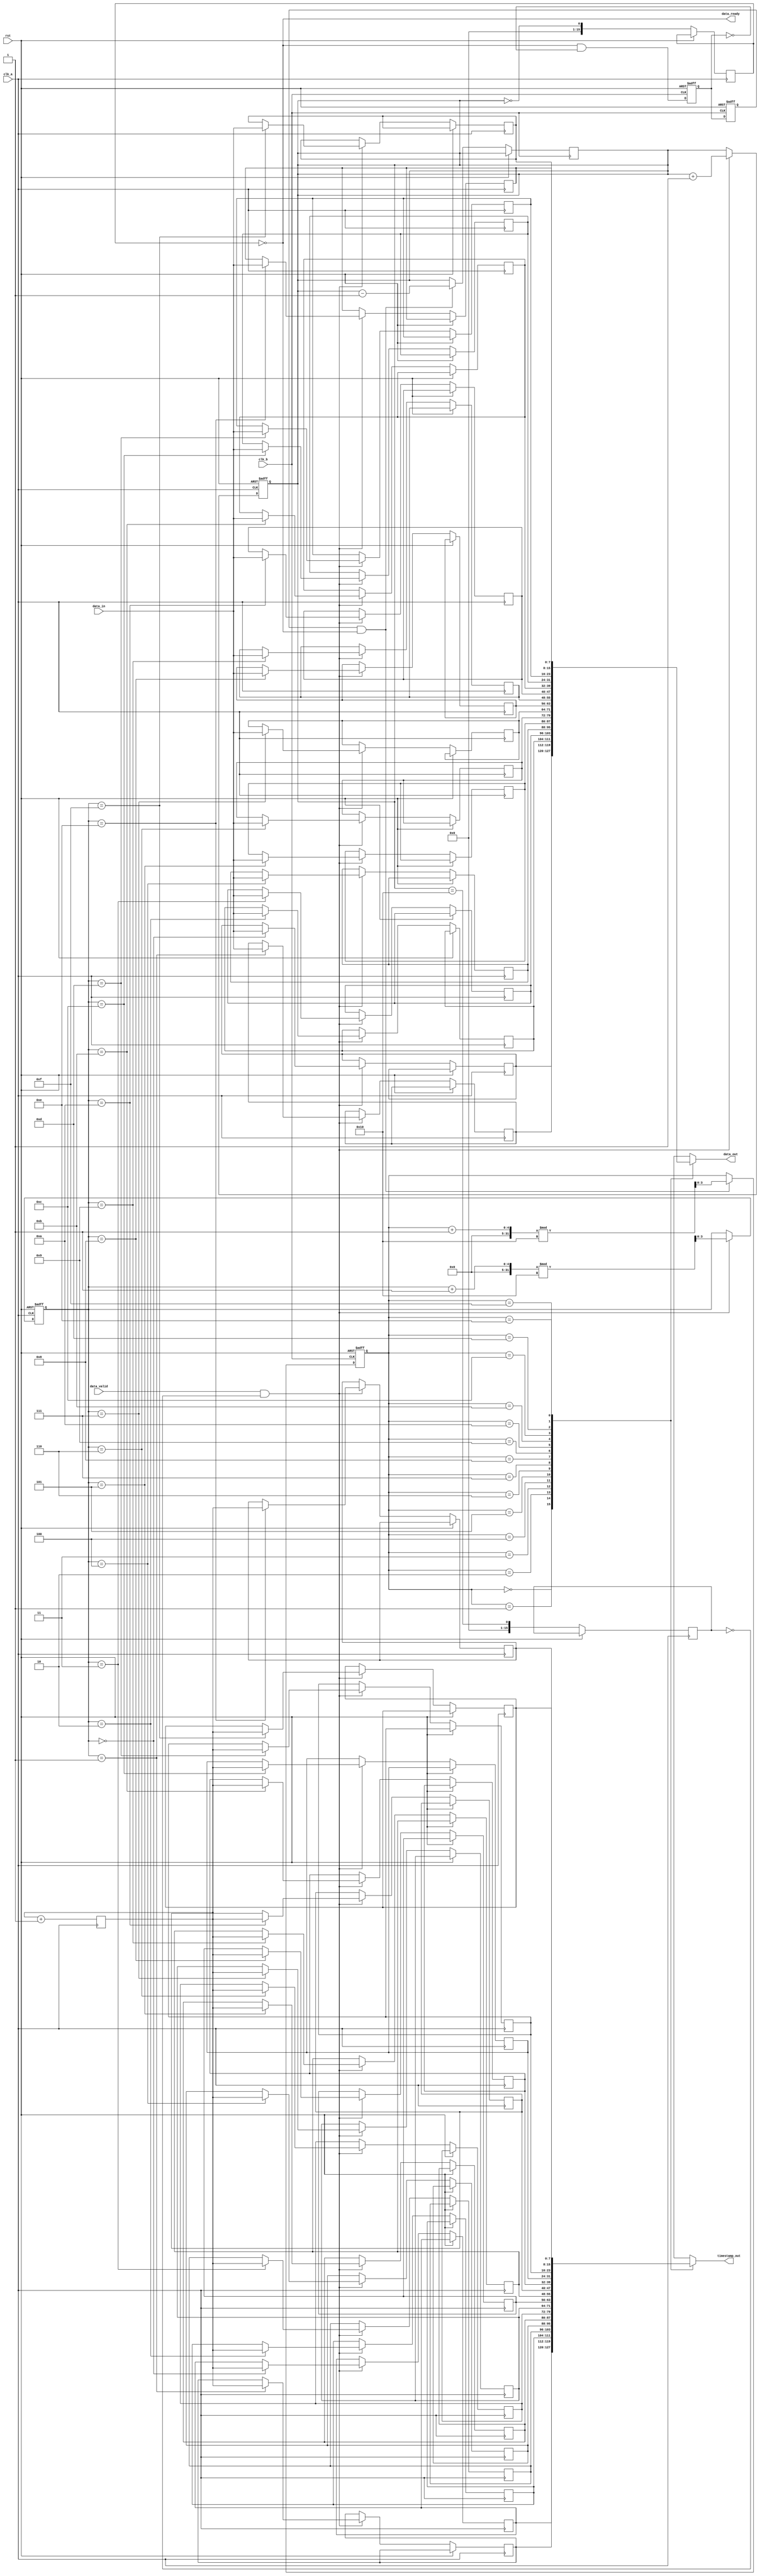
module TimeStampedSynchronizer #(
    parameter DATA_WIDTH = 8,
    parameter TIMESTAMP_WIDTH = 8,
    parameter FIFO_DEPTH = 16
)(
    input wire clk_a,
    input wire clk_b,
    input wire rst,
    input wire data_valid,              // Signal indicating new data is available
    input wire [DATA_WIDTH-1:0] data_in, // Data input from clock domain A
    output wire [DATA_WIDTH-1:0] data_out, // Data output to clock domain B
    output wire [TIMESTAMP_WIDTH-1:0] timestamp_out, // Timestamp output to clock domain B
    output wire data_ready              // Flag indicating data is ready to read
);

// FIFO buffer declaration
reg [DATA_WIDTH-1:0] fifo_data[FIFO_DEPTH-1:0];
reg [TIMESTAMP_WIDTH-1:0] fifo_timestamp[FIFO_DEPTH-1:0];
reg [$clog2(FIFO_DEPTH)-1:0] write_ptr, read_ptr;
reg [FIFO_DEPTH-1:0] fifo_full, fifo_empty;
reg [FIFO_DEPTH-1:0] fifo_count;

// Timestamp logic
reg [TIMESTAMP_WIDTH-1:0] timestamp;

// Control signals
reg write_enable;
reg read_enable;

// FIFO write logic
always @(posedge clk_a or posedge rst) begin
    if (rst) begin
        write_ptr <= 0;
        fifo_count <= 0;
    end else begin
        if (data_valid && !fifo_full) begin
            fifo_data[write_ptr] <= data_in;
            fifo_timestamp[write_ptr] <= timestamp; // Capture timestamp
            write_ptr <= (write_ptr + 1) % FIFO_DEPTH;
            fifo_count <= fifo_count + 1;
        end
        // Update full flag
        fifo_full <= (fifo_count == FIFO_DEPTH);
        fifo_empty <= (fifo_count == 0);
    end
end

// Timestamp generation
always @(posedge clk_a) begin
    timestamp <= timestamp + 1; // Increment timestamp for every clock cycle
end

// FIFO read logic
always @(posedge clk_b or posedge rst) begin
    if (rst) begin
        read_ptr <= 0;
    end else begin
        if (read_enable && !fifo_empty) begin
            read_ptr <= (read_ptr + 1) % FIFO_DEPTH;
            fifo_count <= fifo_count - 1;
        end
    end
end

// Output signals
assign data_out = fifo_data[read_ptr];
assign timestamp_out = fifo_timestamp[read_ptr];
assign data_ready = !fifo_empty;

// Synchronization logic for read_enable to prevent metastability
reg read_enable_sync1, read_enable_sync2;

always @(posedge clk_b or posedge rst) begin
    if (rst) begin
        read_enable_sync1 <= 0;
        read_enable_sync2 <= 0;
    end else begin
        read_enable_sync1 <= (data_ready && !read_enable_sync1);
        read_enable_sync2 <= read_enable_sync1;
    end
end

assign read_enable = read_enable_sync2;

endmodule